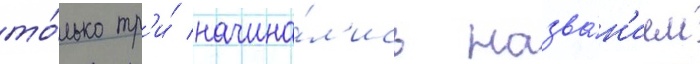
то́лько тр'и́ начина́л'ись назва́н'ием